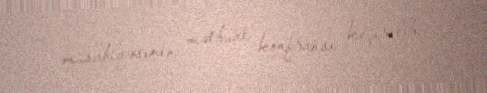
müsabiqəsinin mətbuat konfransı keçirilib.